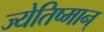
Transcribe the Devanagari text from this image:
ज्येतिष्मान्